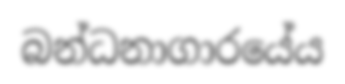
බන්ධනාගාරයේය